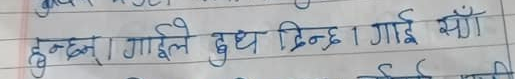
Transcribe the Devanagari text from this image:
हुनछ। गाईले दुध दिन्छ । गाई सँग